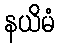
နယိမံ